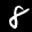
Label: 8